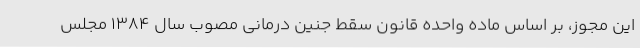
این مجوز، بر اساس ماده واحده قانون سقط جنین درمانی مصوب سال 1384 مجلس